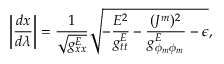
\left| { \frac { d x } { d \lambda } } \right| = { \frac { 1 } { \sqrt { g _ { x x } ^ { E } } } } \sqrt { - { \frac { E ^ { 2 } } { g _ { t t } ^ { E } } } - { \frac { ( J ^ { m } ) ^ { 2 } } { g _ { \phi _ { m } \phi _ { m } } ^ { E } } } - \epsilon } ,